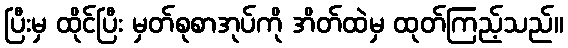
ပြီးမှ ထိုင်ပြီး မှတ်စုစာအုပ်ကို အိတ်ထဲမှ ထုတ်ကြည့်သည်။